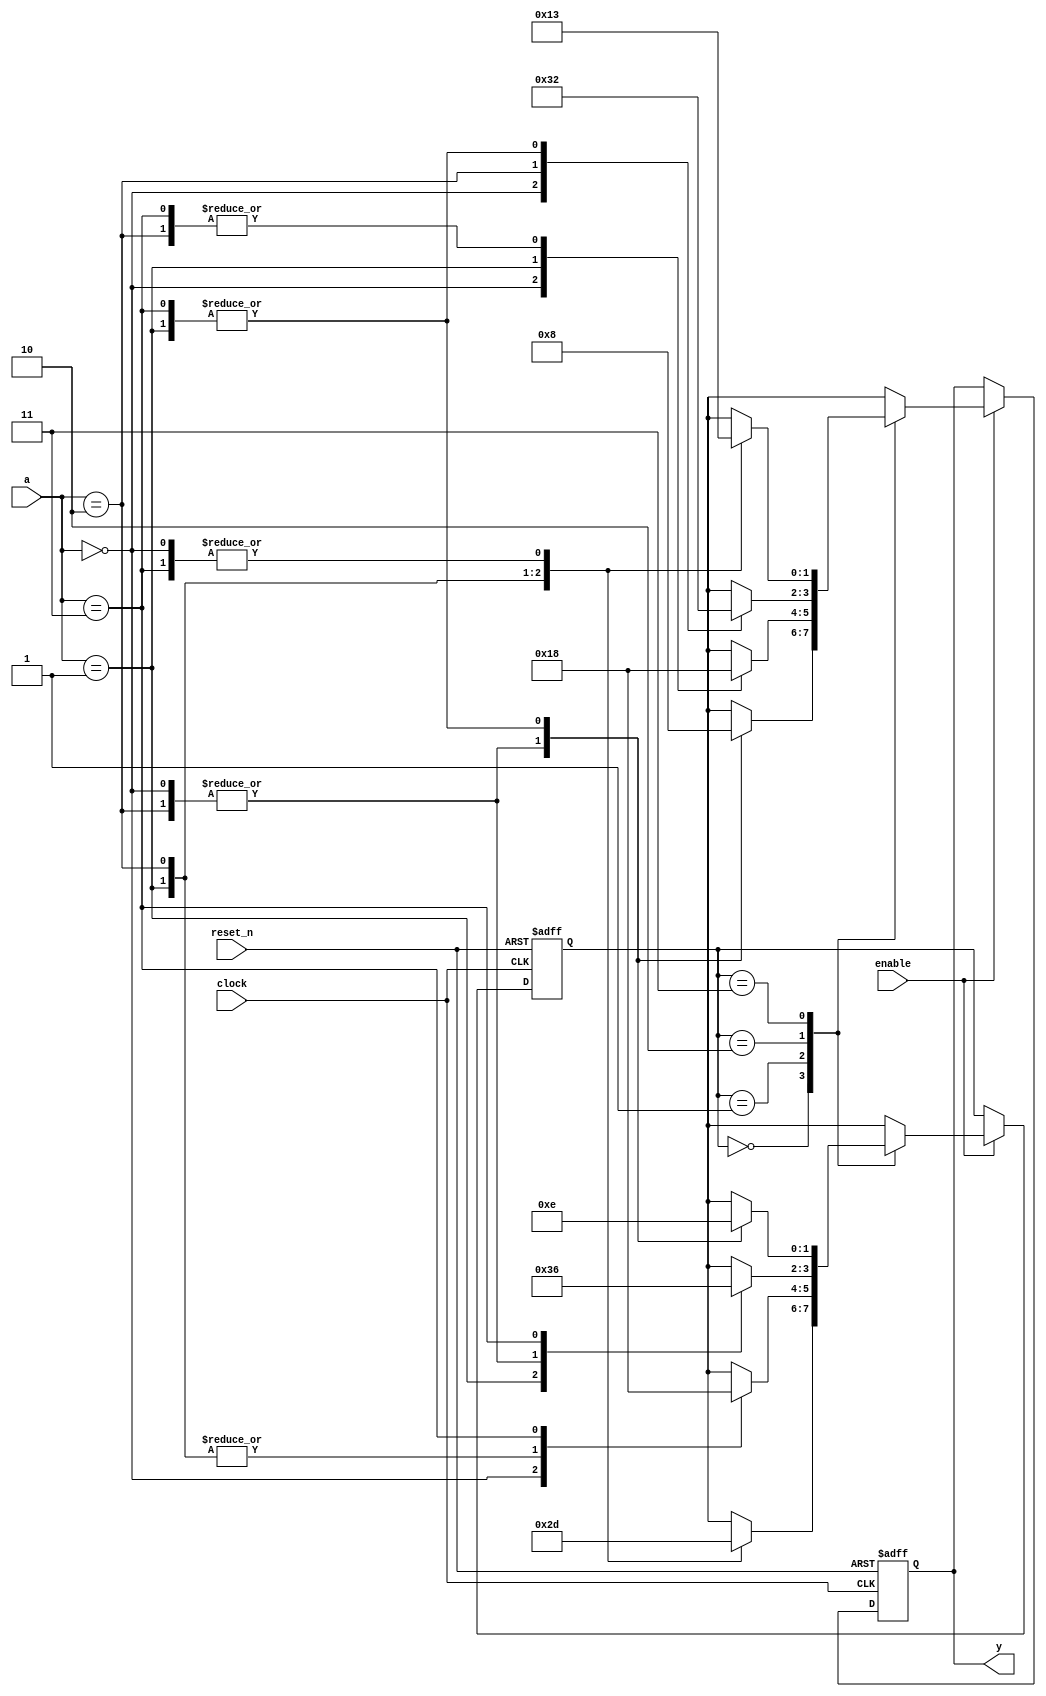
module var7
(
    input  clock,
    input  reset_n,
    input  enable,
    input  [1:0]a,
    output reg [1:0]y
);

    parameter [1:0] S0 = 2'b00, S1 = 2'b01, S2 = 2'b10, S3 = 2'b11;
	 parameter [1:0] A0 = 2'b00, A1 = 2'b01, A2 = 2'b10, A3 = 2'b11;
	 parameter [1:0] Y0 = 2'b00, Y1 = 2'b01, Y2 = 2'b10, Y3 = 2'b11;

    reg [1:0] state, next_state;

    // State register

    always @ (posedge clock or negedge reset_n)
        if (! reset_n)
            state <= S0;
        else if (enable)
            state <= next_state;

    // Next state logic

    always @*
        case (state)
        
        S0:
            case (a)

				A0:
					next_state = S1;
				A1:
					next_state = S2;
				A2:
					next_state = S3;
				A3:
					next_state = S1;
					
				default:
				
					next_state = S0;
					
				endcase
        S1:
            case (a)

				A0:
					next_state = S1;
				A1:
					next_state = S2;
				A2:
					next_state = S2;
				A3:
					next_state = S0;
					
				default:
				
					next_state = S0;
					
				endcase

        S2:
            case (a)

				A0:
					next_state = S1;
				A1:
					next_state = S3;
				A2:
					next_state = S1;
				A3:
					next_state = S2;
					
				default:
				
					next_state = S0;
					
				endcase

        S3:
            case (a)

				A0:
					next_state = S3;
				A1:
					next_state = S2;
				A2:
					next_state = S3;
				A3:
					next_state = S2;
					
				default:
				
					next_state = S0;
					
				endcase

        default:

            next_state = S0;

        endcase

    // Output logic based on input and current state

    always @ (posedge clock or negedge reset_n)
    begin
        if (! reset_n)
            y <= Y0;
        else if (enable)
        begin
			  case (state)
			  
			  S0:
					case (a)

					A0:
						y <= Y2;
					A1:
						y <= Y0;
					A2:
						y <= Y2;
					A3:
						y <= Y0;
						
					default:
					
						y <= Y0;
						
					endcase
			  S1:
					case (a)

					A0:
						y <= Y1;
					A1:
						y <= Y2;
					A2:
						y <= Y0;
					A3:
						y <= Y0;
						
					default:
					
						y <= Y0;
						
					endcase
			  S2:
					case (a)

					A0:
						y <= Y3;
					A1:
						y <= Y2;
					A2:
						y <= Y0;
					A3:
						y <= Y2;
						
					default:
					
						y <= Y0;
						
					endcase
			  S3:
					case (a)

					A0:
						y <= Y3;
					A1:
						y <= Y1;
					A2:
						y <= Y0;
					A3:
						y <= Y3;
						
					default:
					
						y <= Y0;
						
					endcase

			  default:

					y <= Y0;

			  endcase
        end
    end

endmodule